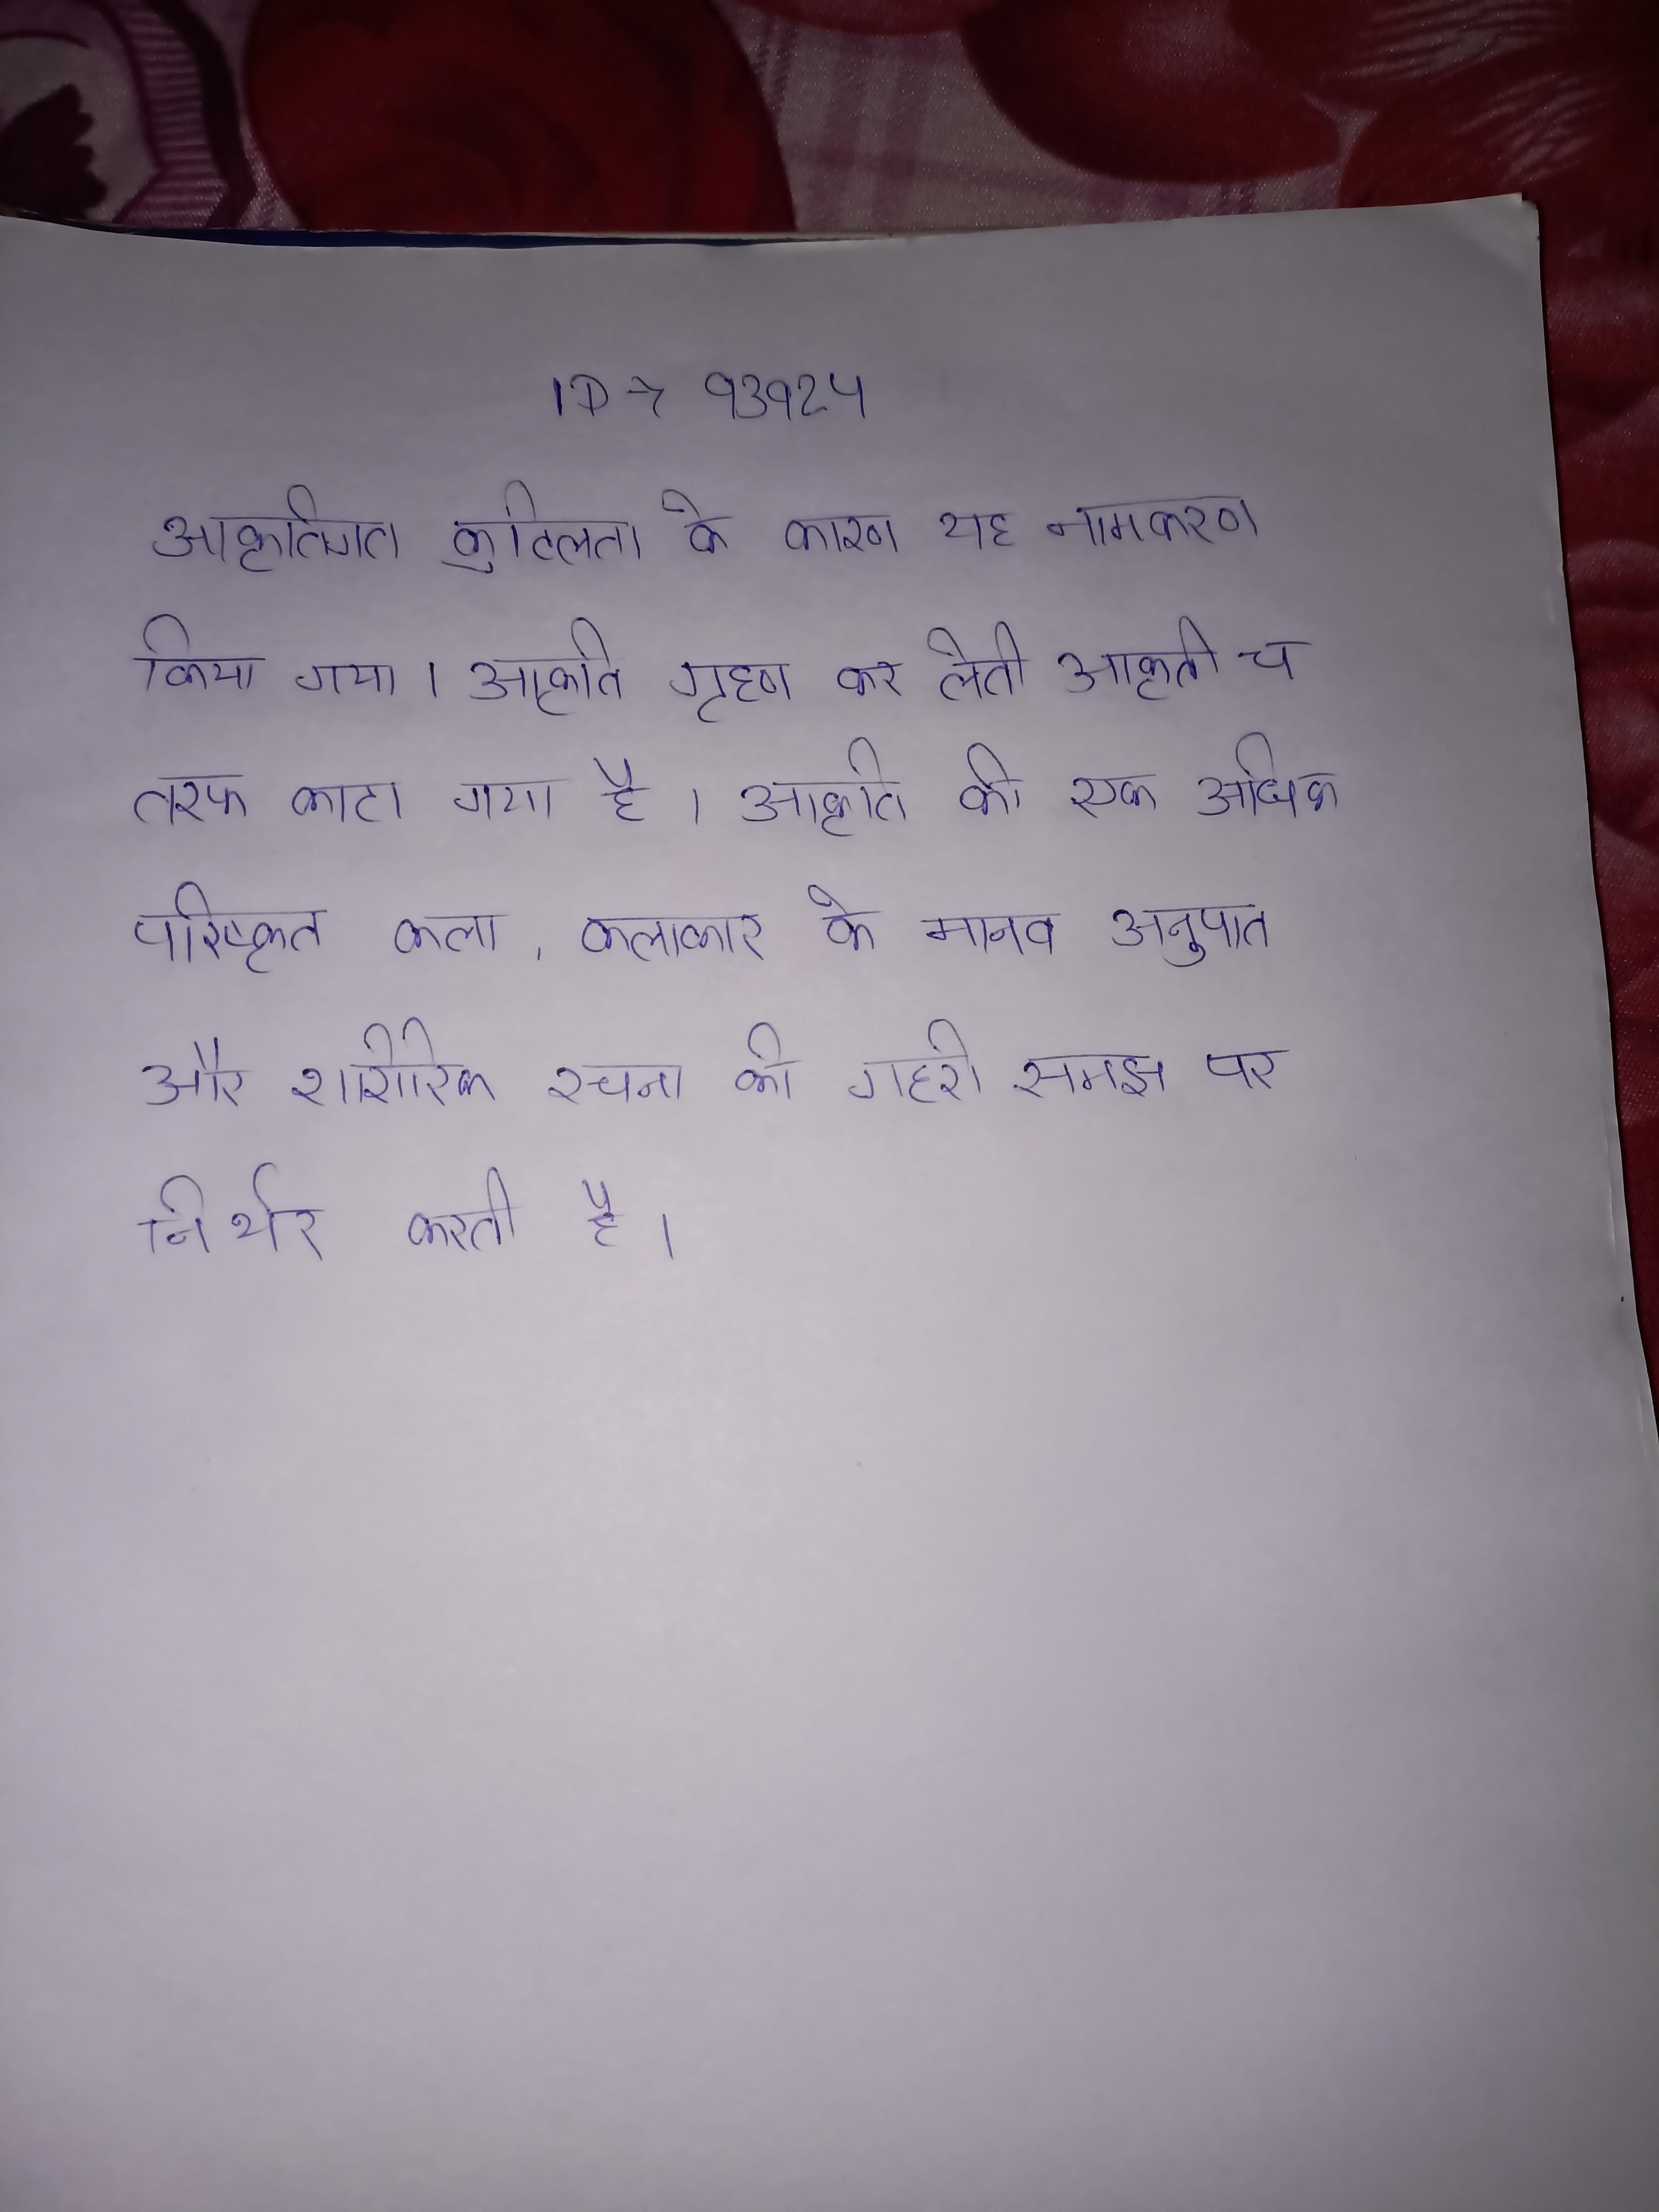
आकृतिगत कुटिलता के कारण यह नामकरण किया गया । आकृति ग्रहण कर लेती । आकृति च तरफ काटा गया है । आकृति की एक अधिक परिष्कृत कला, कलाकार के मानव अनुपात और शारीरिक रचना की गहरी समझ पर निर्भर करती है ।